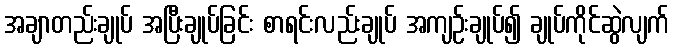
အချာတည်းချုပ် အပြီးချုပ်ခြင်း စာရင်းလည်းချုပ် အကျဉ်းချုပ်၍ ချုပ်ကိုင်ဆွဲလျက်